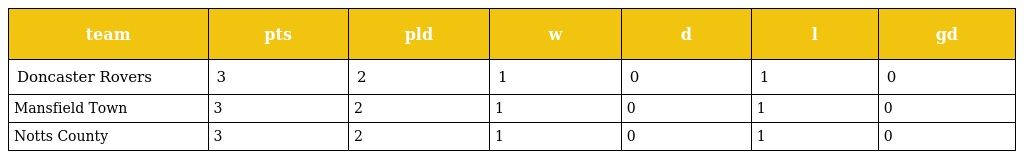
| team | pts | pld | w | d | l | gd |
 | --- | --- | --- | --- | --- | --- | --- |
 | Doncaster Rovers | 3 | 2 | 1 | 0 | 1 | 0 |
 | Mansfield Town | 3 | 2 | 1 | 0 | 1 | 0 |
 | Notts County | 3 | 2 | 1 | 0 | 1 | 0 |